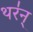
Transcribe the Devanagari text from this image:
थर॑न्